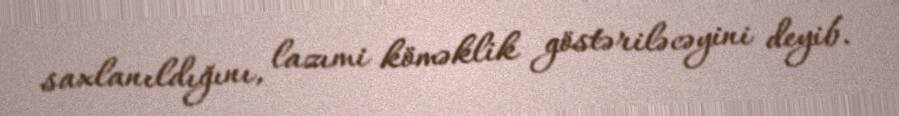
saxlanıldığını, lazımi köməklik göstəriləcəyini deyib.